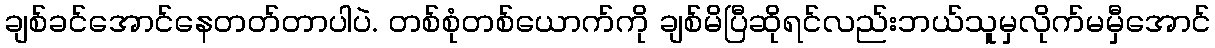
ချစ်ခင်အောင်နေတတ်တာပါပဲ. တစ်စုံတစ်ယောက်ကို ချစ်မိပြီဆိုရင်လည်းဘယ်သူမှလိုက်မမှီအောင်